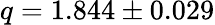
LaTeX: q=1.844\pm 0.029